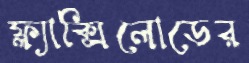
ফ্ল্যাক্সিলোডের